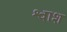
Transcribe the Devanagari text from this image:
श्वाश